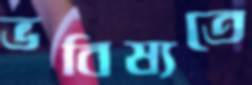
ভবিষ্যতে